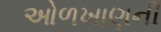
ઓળખાણની